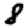
Digit: 8